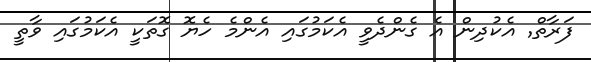
ފަރާތް